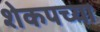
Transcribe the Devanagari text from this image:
शेकपच्या